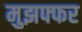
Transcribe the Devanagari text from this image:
मुझफ्फर